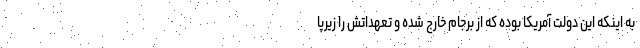
به اینکه این دولت آمریکا بوده که از برجام خارج شده و تعهداتش را زیرپا